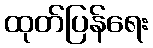
ထုတ်ပြန်ရေး